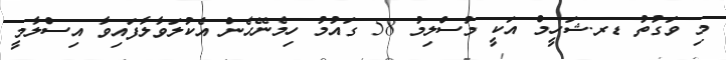
މި ވަގުތު ޑރ.ޝަހީމް އަކީ މުސްލިމު 58 ގައުމު ހިމެނޭހެން އެކުލަވާލާފައިވާ އިސްލާމީ